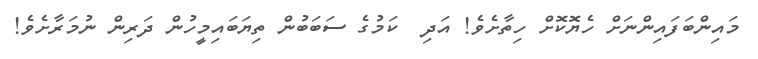
މައިންބަފައިންނަށް ހެޔޮކޮށް ހިތާށެވެ! އަދި  ކަމުގެ ސަބަބުން ތިޔަބައިމީހުން ދަރިން ނުމަރާށެވެ!